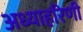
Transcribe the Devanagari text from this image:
अध्याहरिणी